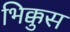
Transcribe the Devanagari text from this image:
भिक्कुस